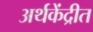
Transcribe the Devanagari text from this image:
अर्थकेंद्रीत